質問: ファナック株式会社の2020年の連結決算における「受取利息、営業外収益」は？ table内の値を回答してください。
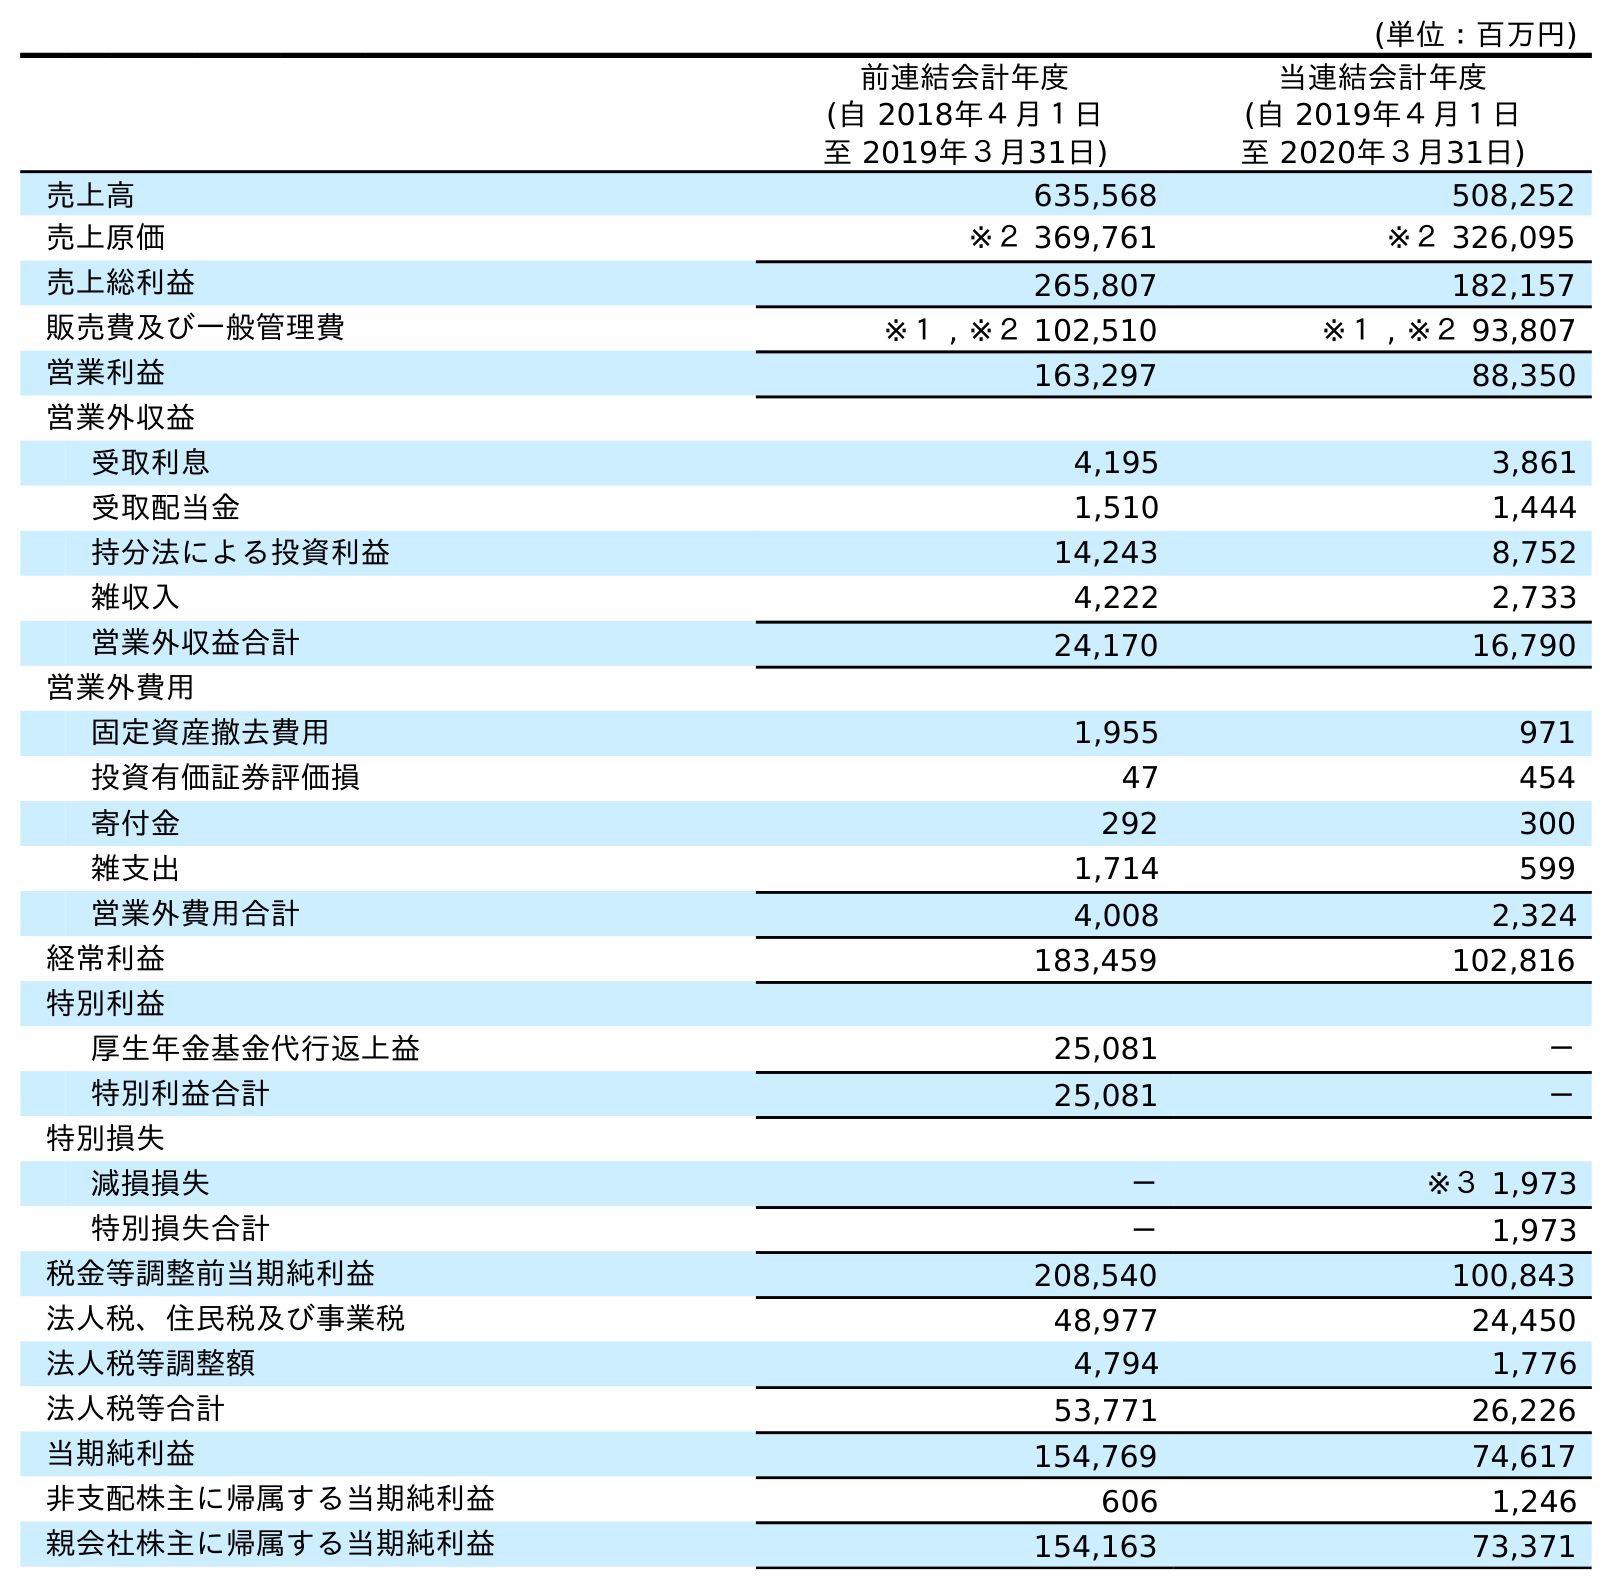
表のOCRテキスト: (単位：百万円) 前連結会計年度 (自 2018年４月１日 至 2019年３月31日) 当連結会計年度 (自 2019年４月１日 至 2020年３月31日) 売上高 635,568 508,252 売上原価 ※２ 369,761 ※２ 326,095 売上総利益 265,807 182,157 販売費及び一般管理費 ※１ , ※２ 102,510 ※１ , ※２ 93,807 営業利益 163,297 88,350 営業外収益 受取利息 4,195 3,861 受取配当金 1,510 1,444 持分法による投資利益 14,243 8,752 雑収入 4,222 2,733 営業外収益合計 24,170 16,790 営業外費用 固定資産撤去費用 1,955 971 投資有価証券評価損 47 454 寄付金 292 300 雑支出 1,714 599 営業外費用合計 4,008 2,324 経常利益 183,459 102,816 特別利益 厚生年金基金代行返上益 25,081 － 特別利益合計 25,081 － 特別損失 減損損失 － ※３ 1,973 特別損失合計 － 1,973 税金等調整前当期純利益 208,540 100,843 法人税、住民税及び事業税 48,977 24,450 法人税等調整額 4,794 1,776 法人税等合計 53,771 26,226 当期純利益 154,769 74,617 非支配株主に帰属する当期純利益 606 1,246 親会社株主に帰属する当期純利益 154,163 73,371
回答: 3,861